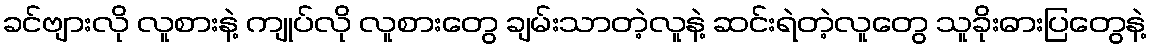
ခင်ဗျားလို လူစားနဲ့ ကျုပ်လို လူစားတွေ ချမ်းသာတဲ့လူနဲ့ ဆင်းရဲတဲ့လူတွေ သူခိုးဓားပြတွေနဲ့